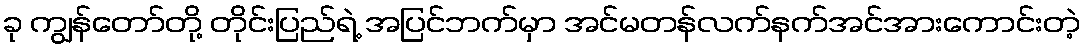
ခု ကျွန်တော်တို့ တိုင်းပြည်ရဲ့ အပြင်ဘက်မှာ အင်မတန်လက်နက်အင်အားကောင်းတဲ့